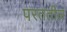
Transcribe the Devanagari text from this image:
परततील